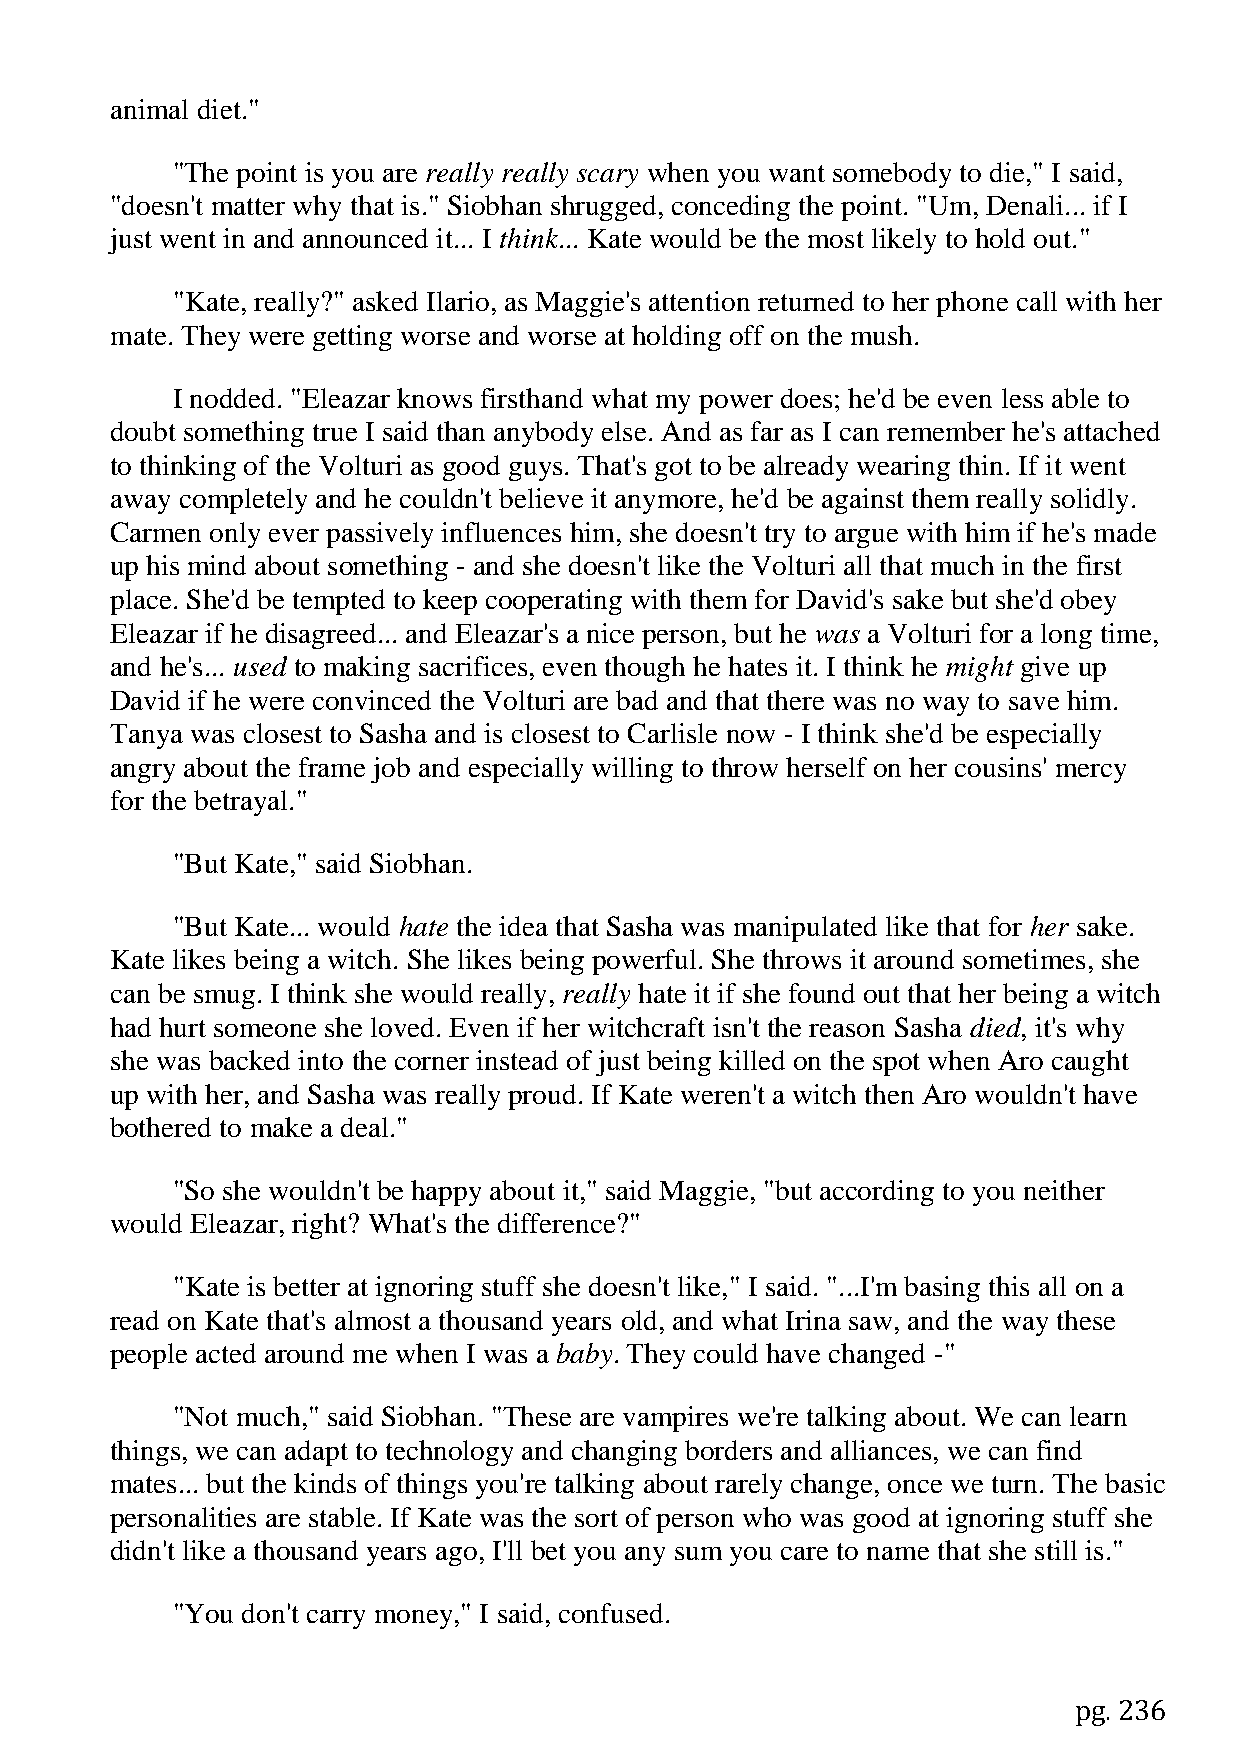
animal diet."
 "The point is you are really really scary when you want somebody to die," I said,
 "doesn't matter why that is." Siobhan shrugged, conceding the point. "Um, Denali... if I
 just went in and announced it... I think... Kate would be the most likely to hold out."
 "Kate, really?" asked Ilario, as Maggie's attention returned to her phone call with her
 mate. They were getting worse and worse at holding off on the mush.
 I nodded. "Eleazar knows firsthand what my power does; he'd be even less able to
 doubt something true I said than anybody else. And as far as I can remember he's attached
 to thinking of the Volturi as good guys. That's got to be already wearing thin. If it went
 away completely and he couldn't believe it anymore, he'd be against them really solidly.
 Carmen only ever passively influences him, she doesn't try to argue with him if he's made
 up his mind about something - and she doesn't like the Volturi all that much in the first
 place. She'd be tempted to keep cooperating with them for David's sake but she'd obey
 Eleazar if he disagreed... and Eleazar's a nice person, but he was a Volturi for a long time,
 and he's... used to making sacrifices, even though he hates it. I think he might give up
 David if he were convinced the Volturi are bad and that there was no way to save him.
 Tanya was closest to Sasha and is closest to Carlisle now - I think she'd be especially
 angry about the frame job and especially willing to throw herself on her cousins' mercy
 for the betrayal."
 "But Kate," said Siobhan.
 "But Kate... would hate the idea that Sasha was manipulated like that for her sake.
 Kate likes being a witch. She likes being powerful. She throws it around sometimes, she
 can be smug. I think she would really, really hate it if she found out that her being a witch
 had hurt someone she loved. Even if her witchcraft isn't the reason Sasha died, it's why
 she was backed into the corner instead of just being killed on the spot when Aro caught
 up with her, and Sasha was really proud. If Kate weren't a witch then Aro wouldn't have
 bothered to make a deal."
 "So she wouldn't be happy about it," said Maggie, "but according to you neither
 would Eleazar, right? What's the difference?"
 "Kate is better at ignoring stuff she doesn't like," I said. "...I'm basing this all on a
 read on Kate that's almost a thousand years old, and what Irina saw, and the way these
 people acted around me when I was a baby. They could have changed -"
 "Not much," said Siobhan. "These are vampires we're talking about. We can learn
 things, we can adapt to technology and changing borders and alliances, we can find
 mates... but the kinds of things you're talking about rarely change, once we turn. The basic
 personalities are stable. If Kate was the sort of person who was good at ignoring stuff she
 didn't like a thousand years ago, I'll bet you any sum you care to name that she still is."
 "You don't carry money," I said, confused.
 pg. 236